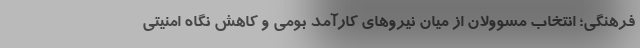
فرهنگی؛ انتخاب مسوولان از میان نیروهای کارآمد بومی و کاهش نگاه امنیتی